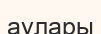
аулары